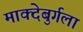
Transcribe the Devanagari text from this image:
माक्देबुर्गला